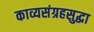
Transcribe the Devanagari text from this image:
काव्यसंग्रहसुद्धा